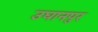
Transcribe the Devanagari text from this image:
उघानपुर